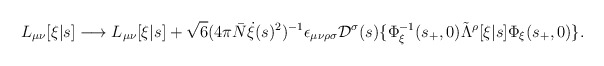
\begin{align*}L_{\mu\nu}[\xi|s] \longrightarrow L_{\mu\nu}[\xi|s] + \sqrt{6} (4\pi \bar{N} \dot{\xi}(s)^2)^{-1} \epsilon_{\mu\nu\rho\sigma} {\cal D}^\sigma(s) \{\Phi_\xi^{-1}(s_+,0) \tilde{\Lambda}^\rho[\xi|s] \Phi_\xi(s_+,0) \}.\end{align*}